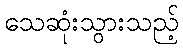
သေဆုံးသွားသည့်